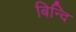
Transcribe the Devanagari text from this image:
बिन्दि